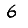
Digit: 6